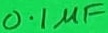
Text: 0.1µF